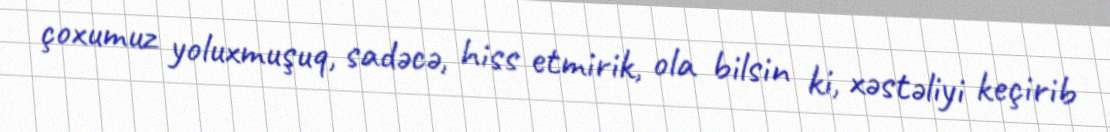
çoxumuz yoluxmuşuq, sadəcə, hiss etmirik, ola bilsin ki, xəstəliyi keçirib